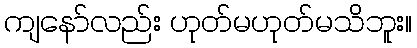
ကျနော်လည်း ဟုတ်မဟုတ်မသိဘူး။